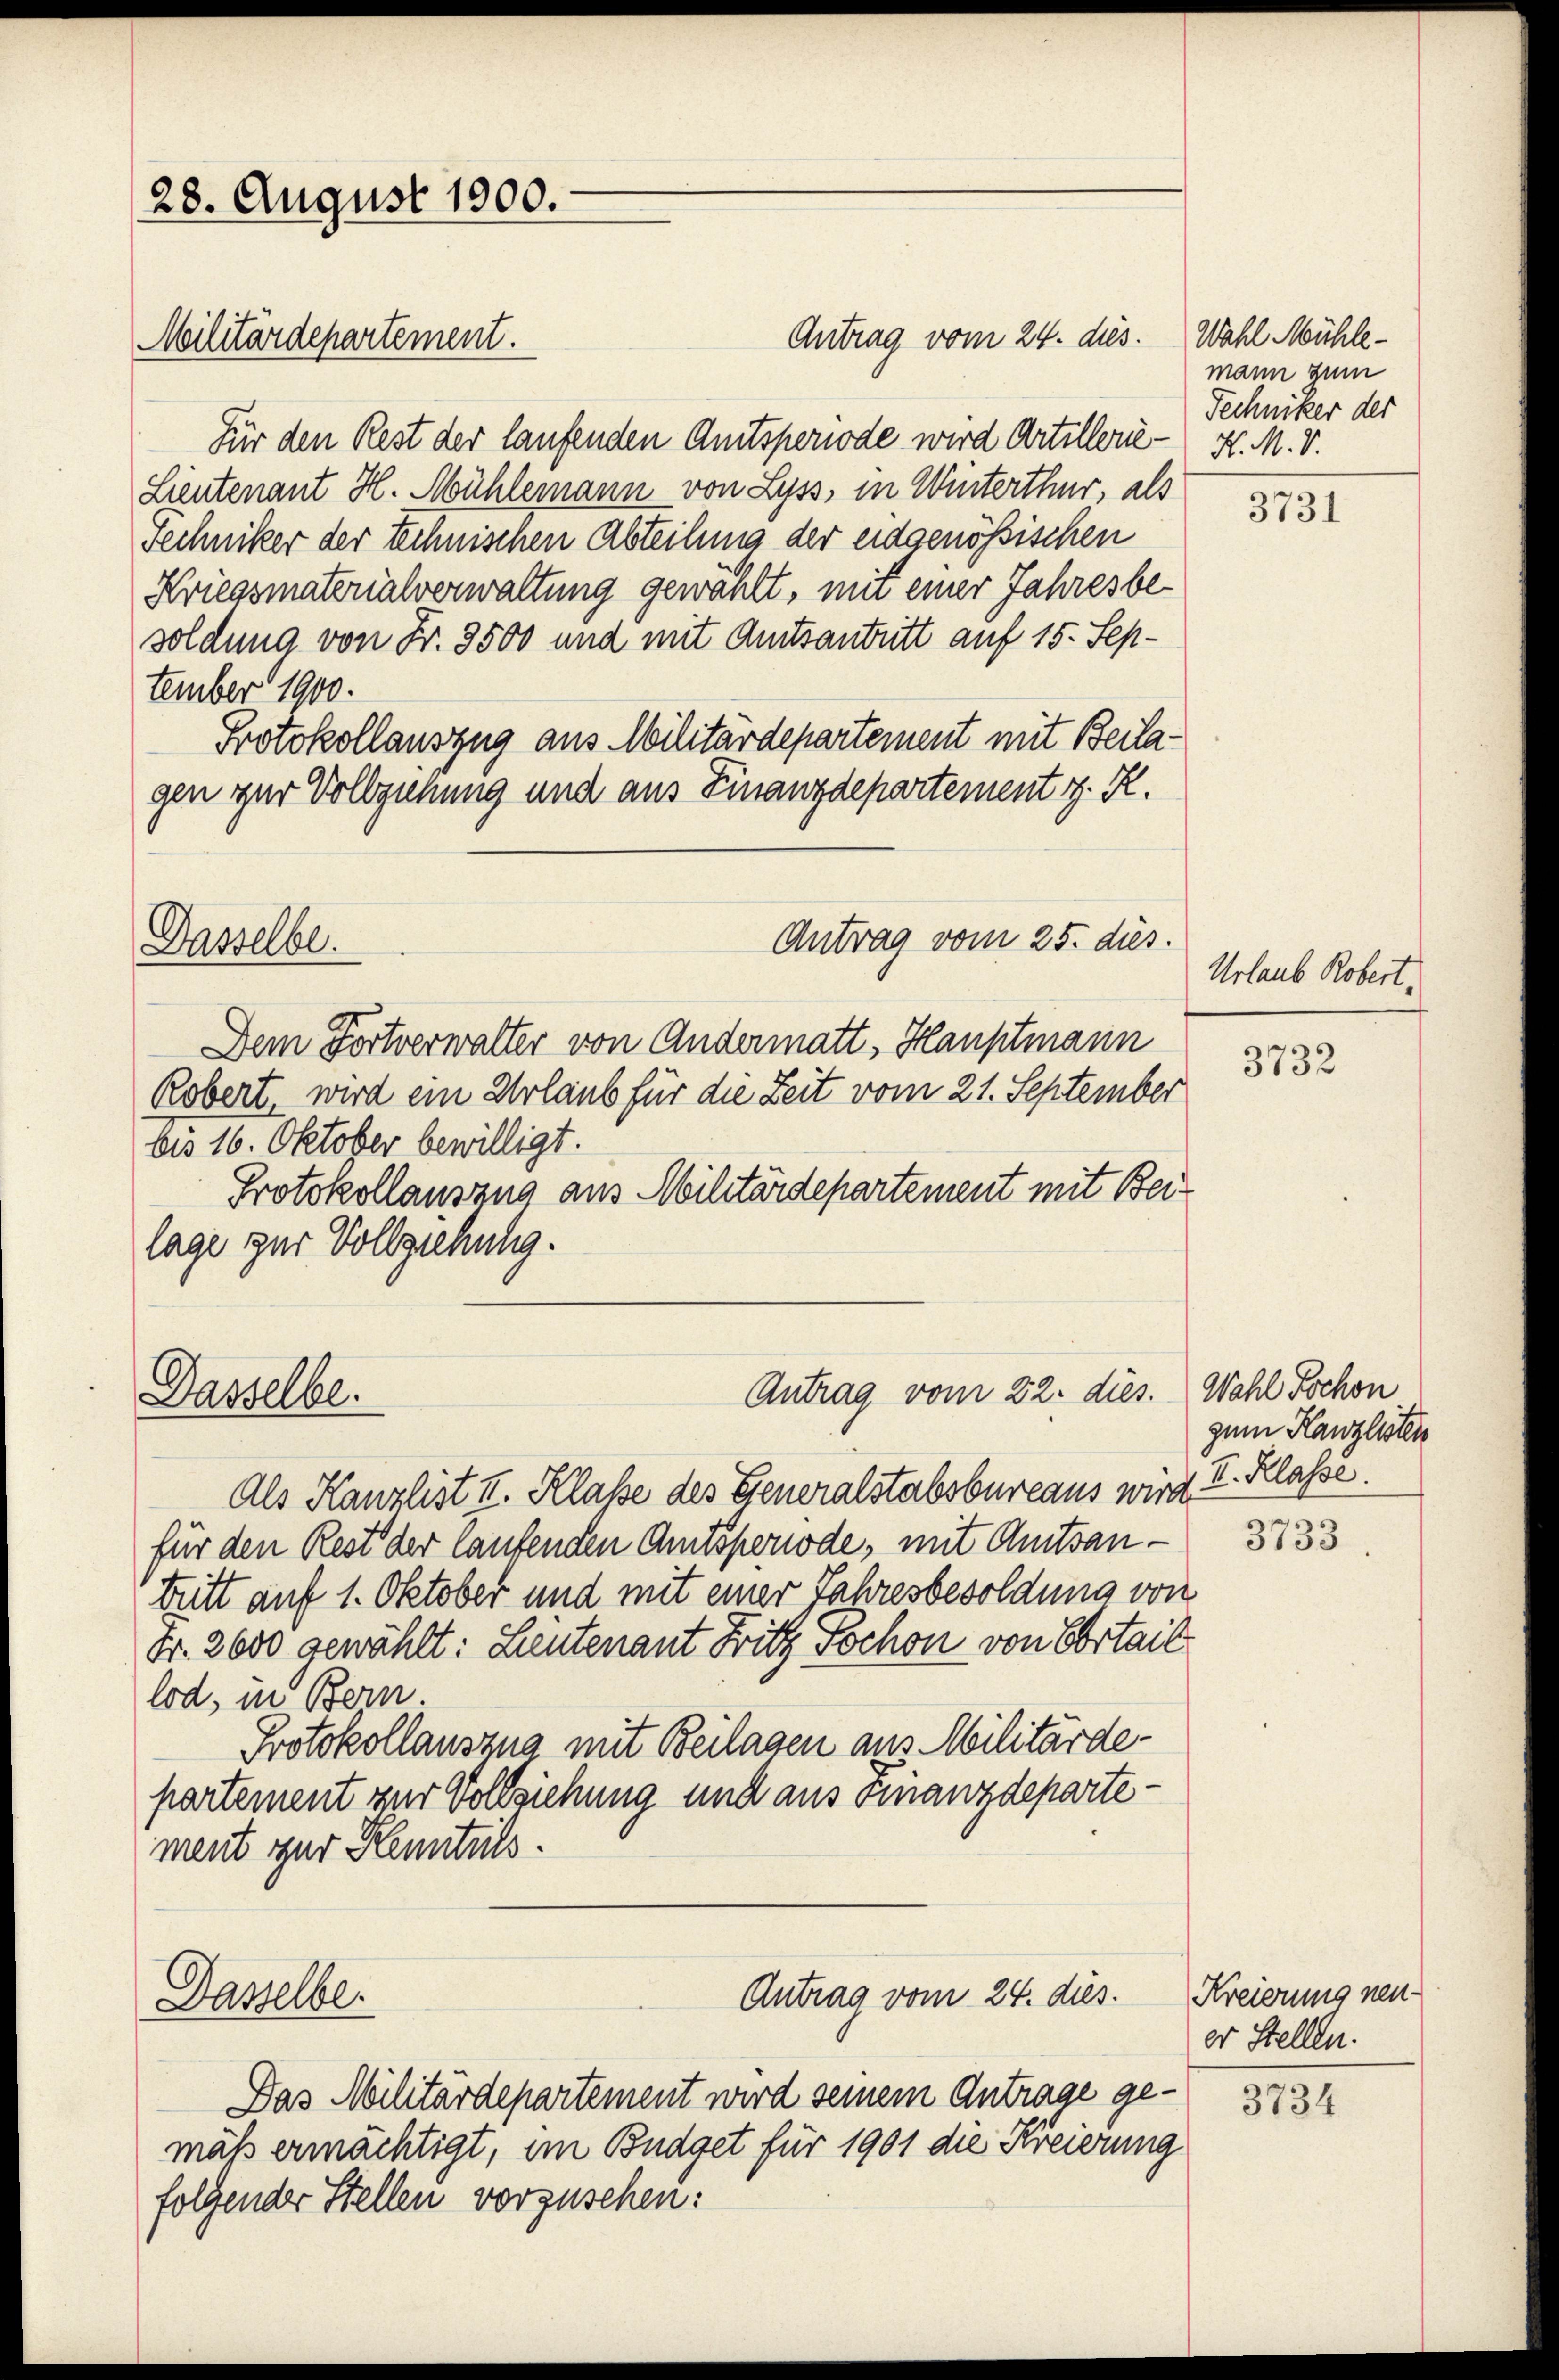
28. August 1900.
Militärdepartement.

Antrag vom 24. dies.
Für den Rest der laufenden Amtsperiode wird Artillerie K. M. V.
Lieutenant H. Mühlemann von Lyss, in Winterthur, als
rechniker der technischen Abteilung der eidgenößischen
Kriegsmaterialverwaltung gewählt, mit einer Jahresbesoldung von Fr. 3500 und mit Amtsantritt auf 15. September 1900.
Protokollauszug aus Militärdepartement mit Beilagen zur Vollziehung und aus Finanzdepartement z. R.
Antrag vom 25. dies.
Dasselbe.
Dem Fortverwalter von Andermatt, Hauptmann
Robert, wird ein Urlaub für die Zeit vom 21. September
bis 16. Oktober bewilligt.
Protokollauszug aus Militärdepartement mit Bei
lage zur Vollziehung.

Dasselbe.

Dasselber

Als Kanzlist II. Klasse des Eseneralstabsbureaus wird. I. Klasse.
für den Rest der laufenden Amtsperiode, mit Amtsantritt auf 1. Oktober und mit einer Jahresbesoldung von
Fr. 2600 gewählt: Lieutenant Fritz Tschon von Obrtail
lod, in Bern.
Protokollauszua mit Beilagen aus Militärdepartement zur Vollziehung und aus Finanzdepartement zur Kenntnils.

Antrag vom 22. dies.

Antrag vom 24. dies.

Das Militärdepartement wird seinem Antrage gemäß ermächtigt, im Budget für 1901 die Kreierung
folgender Stellen vorzusehen:

Wahl Mühle-
mann zum
Techniker der

3731

Urlaub Robert.

3732

Wahl Kochon
zum Kanzlisten

3733

Kreierung neuer Stellen.
3734